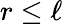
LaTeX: r\le\ell